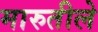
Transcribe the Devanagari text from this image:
मारुतीले